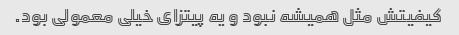
کیفیتش مثل همیشه نبود و یه پیتزای خیلی معمولی بود.